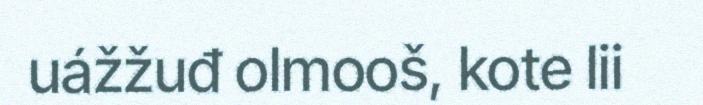
uážžuđ olmooš, kote lii